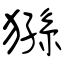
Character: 猻